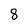
Character: 8